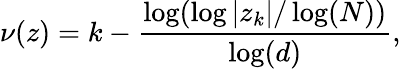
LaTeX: \nu(z)=k-{\frac{\log(\log|z_{k}|/\log(N))}{\log(d)}},